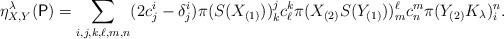
LaTeX: \begin{align*}\eta_{X, Y}^\lambda(\mathsf{P}) = \sum_{i,j,k,\ell,m,n}(2c_{j}^{i}-\delta_{j}^{i})\pi(S(X_{(1)}))_{k}^{j}c_{\ell}^{k}\pi(X_{(2)}S(Y_{(1)}))_{m}^{\ell}c_{n}^{m}\pi(Y_{(2)}K_{\lambda})_{i}^{n}.\end{align*}